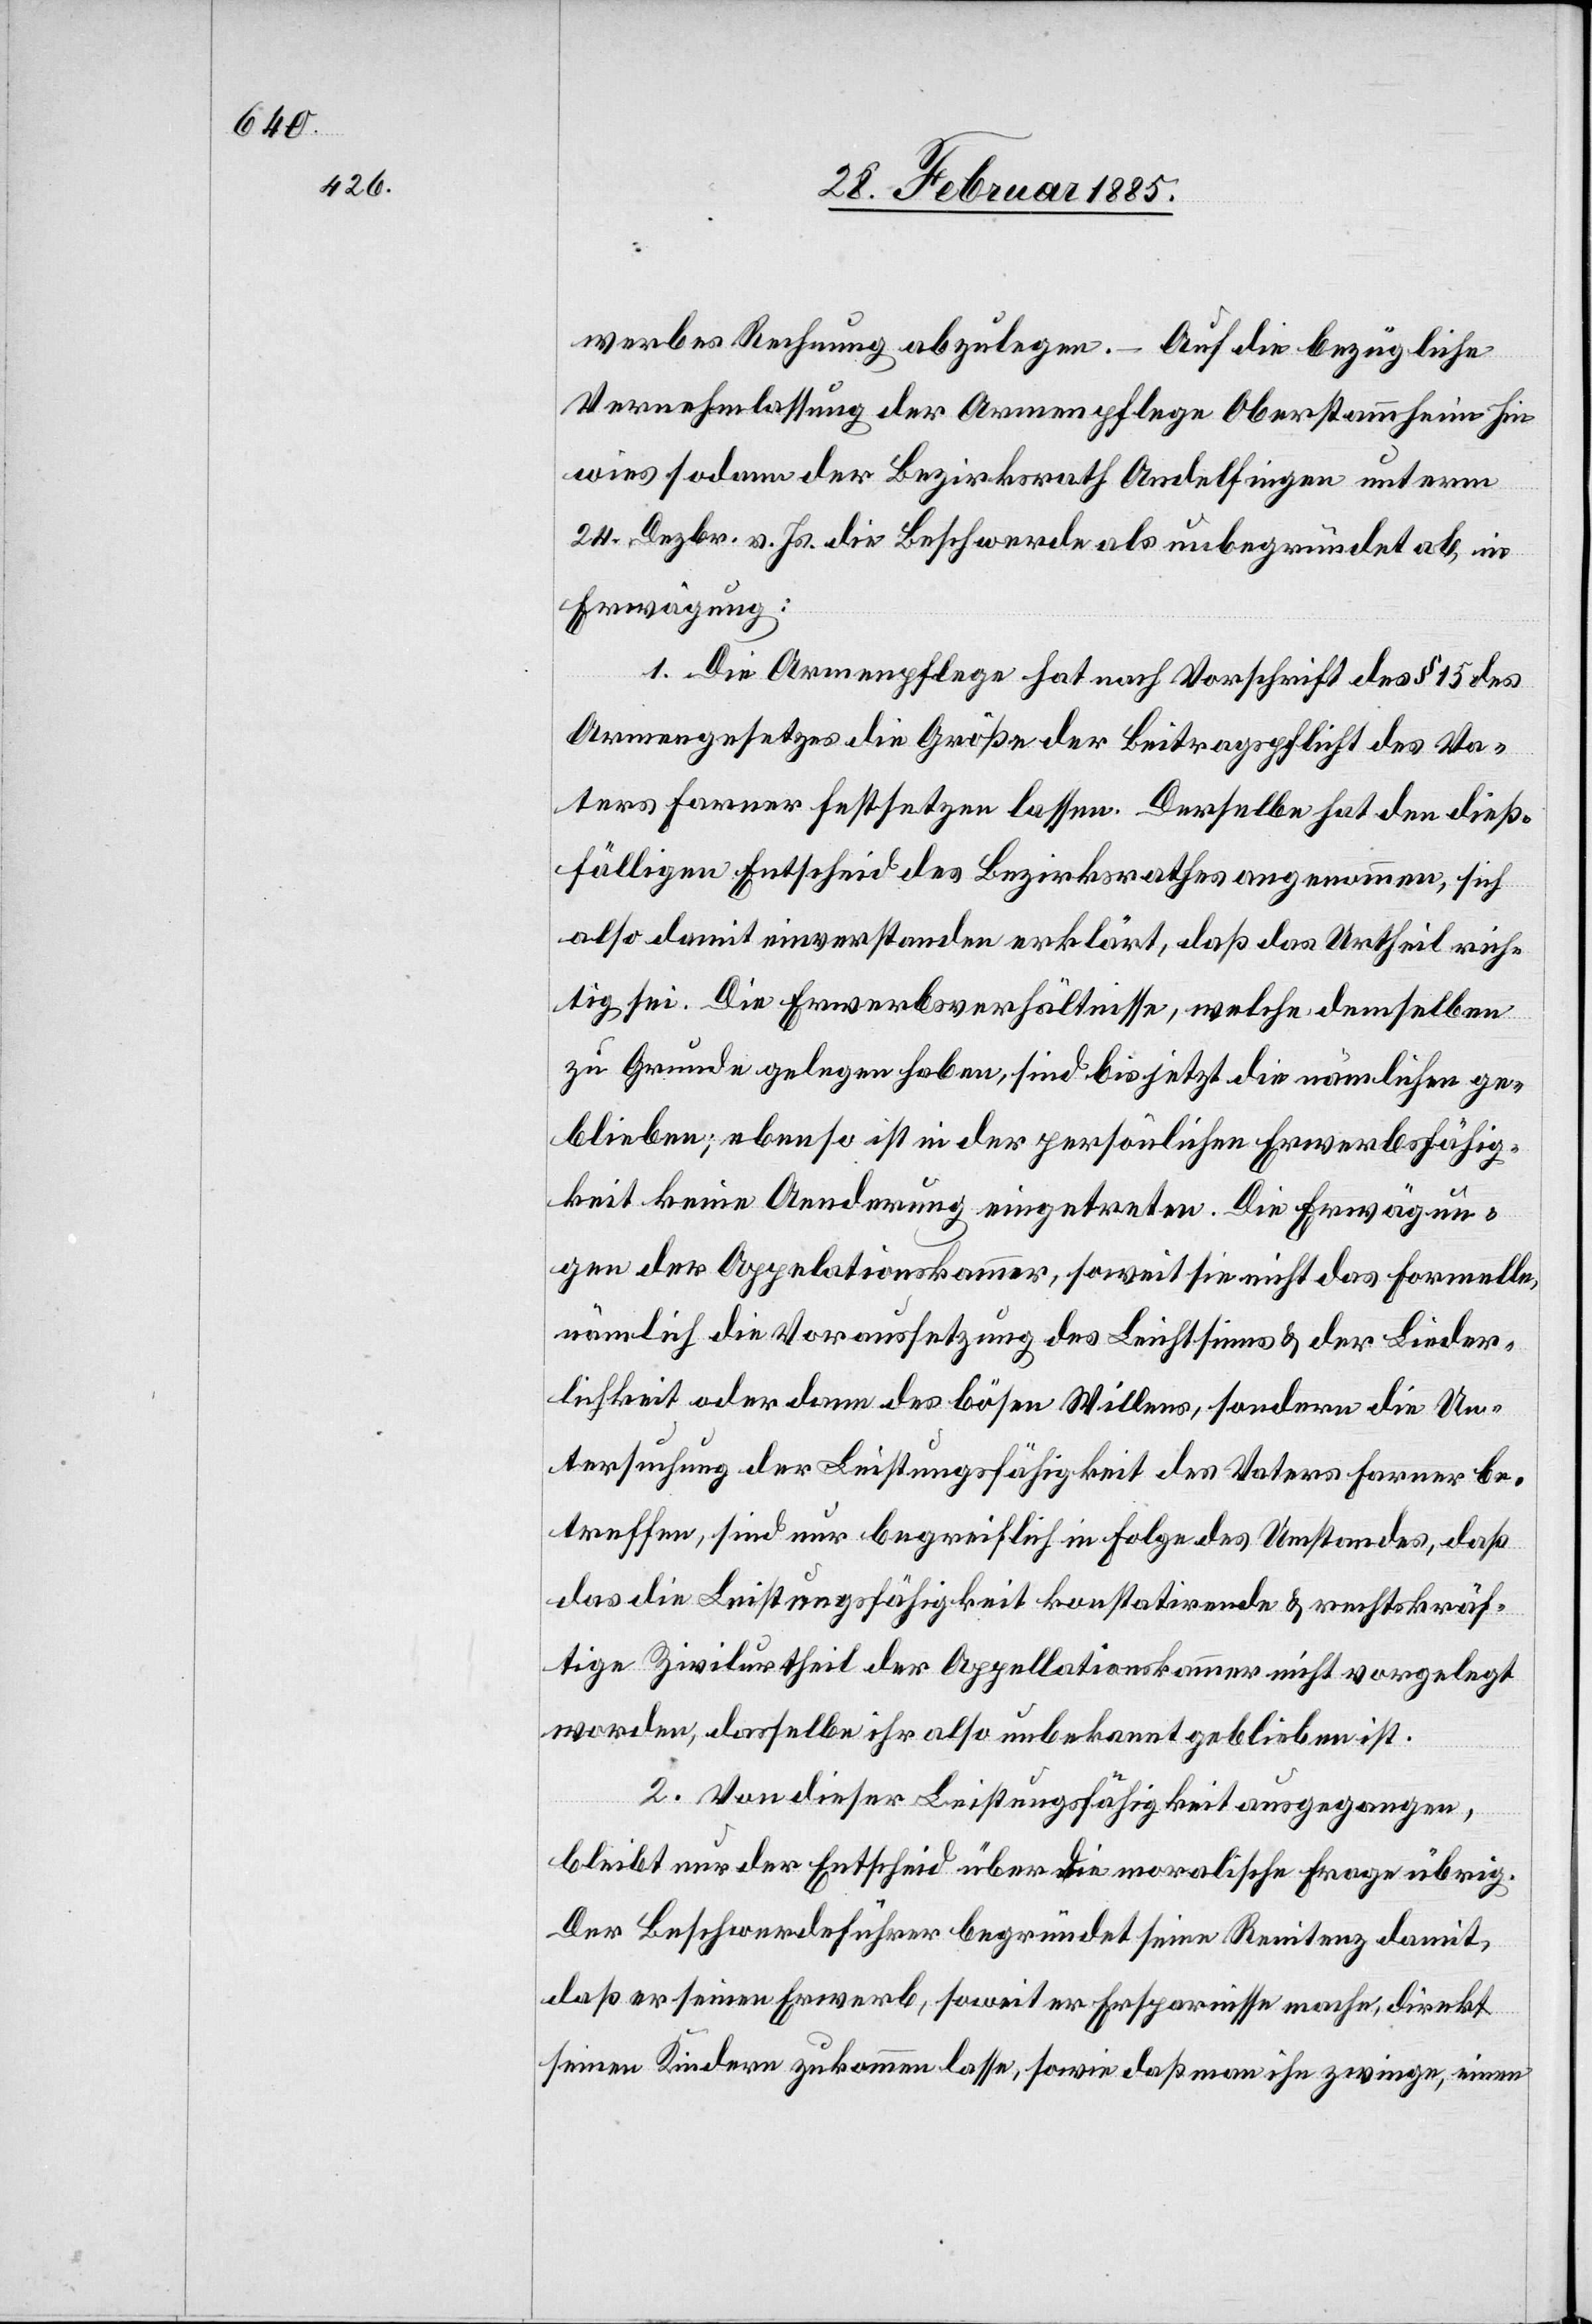
werbes Rechnung abzulegen. – Auf die bezügliche
Vernehmlassung der Armenpflege Oberstammheim hin
wies sodann der Bezirksrath Andelfingen unterm
24. Dezbr. v. Js. die Beschwerde als unbegründet ab, in
Erwägung:
1. Die Armenpflege hat nach Vorschrift des § 15 des
Armengesetzes die Größe der Beitragspflicht des Va¬
ters Farner festsetzen lassen. Derselbe hat den dieß¬
fälligen Entscheid des Bezirksrathes angenommen, sich
also damit einverstanden erklärt, daß das Urtheil rich¬
tig sei. Die Erwerbsverhältnisse, welche demselben
zu Grunde gelegen haben, sind bis jetzt die nämlichen ge¬
blieben; ebenso ist in der persönlichen Erwerbsfähig¬
keit keine Aenderung eingetreten. Die Erwägun¬
gen der Appelationskammer, soweit sie nicht das formelle,
nämlich die Voraussetzung des Leichtsinns & der Lieder¬
lichkeit oder dann des bösen Willens, sondern die Un¬
tersuchung der Leistungsfähigkeit des Vaters Farmer be¬
treffen, sind nur begreiflich in Folge des Umstandes, daß
das die Leistungsfähigkeit konstatirende & rechtskräf¬
tige Zivilurtheil der Appellationskammer nicht vorgelegt
worden, dasselbe ihr also unbekannt geblieben ist.
2. Von dieser Leistungsfähigkeit ausgegangen,
bleibt nur der Entscheid über die moralische Frage übrig.
Der Beschwerdeführer begründet seine Renitenz damit,
daß er seinen Erwerb, soweit er Ersparnisse mache, direkt
seinen Kindern zukommen lasse, sowie daß man ihn zwinge, einen